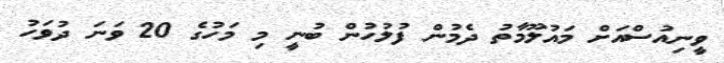
ވީނިއުސްއަށް މައުލޫމާތު ދެމުން ފުލުހުން ބުނީ މި މަހުގެ 20 ވަނަ ދުވަހު